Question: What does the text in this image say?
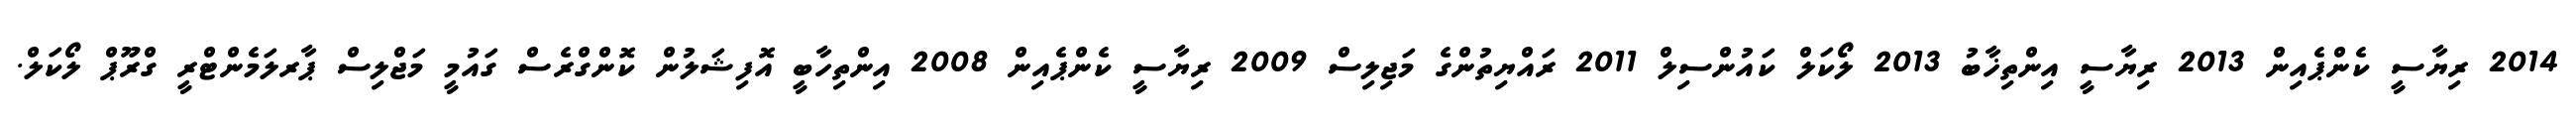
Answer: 2014 ރިޔާސީ ކެންޕެއިން 2013 ރިޔާސީ އިންތިޚާބު 2013 ލޯކަލް ކައުންސިލް 2011 ރައްޔިތުންގެ މަޖިލިސް 2009 ރިޔާސީ ކެންޕެއިން 2008 އިންތިހާބީ އޮފިޝަލުން ކޮންގްރެސް ގައުމީ މަޖްލިސް ޕާރލަމެންޓްރީ ގްރޫޕް ލޯކަލް.